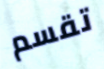
تقسم